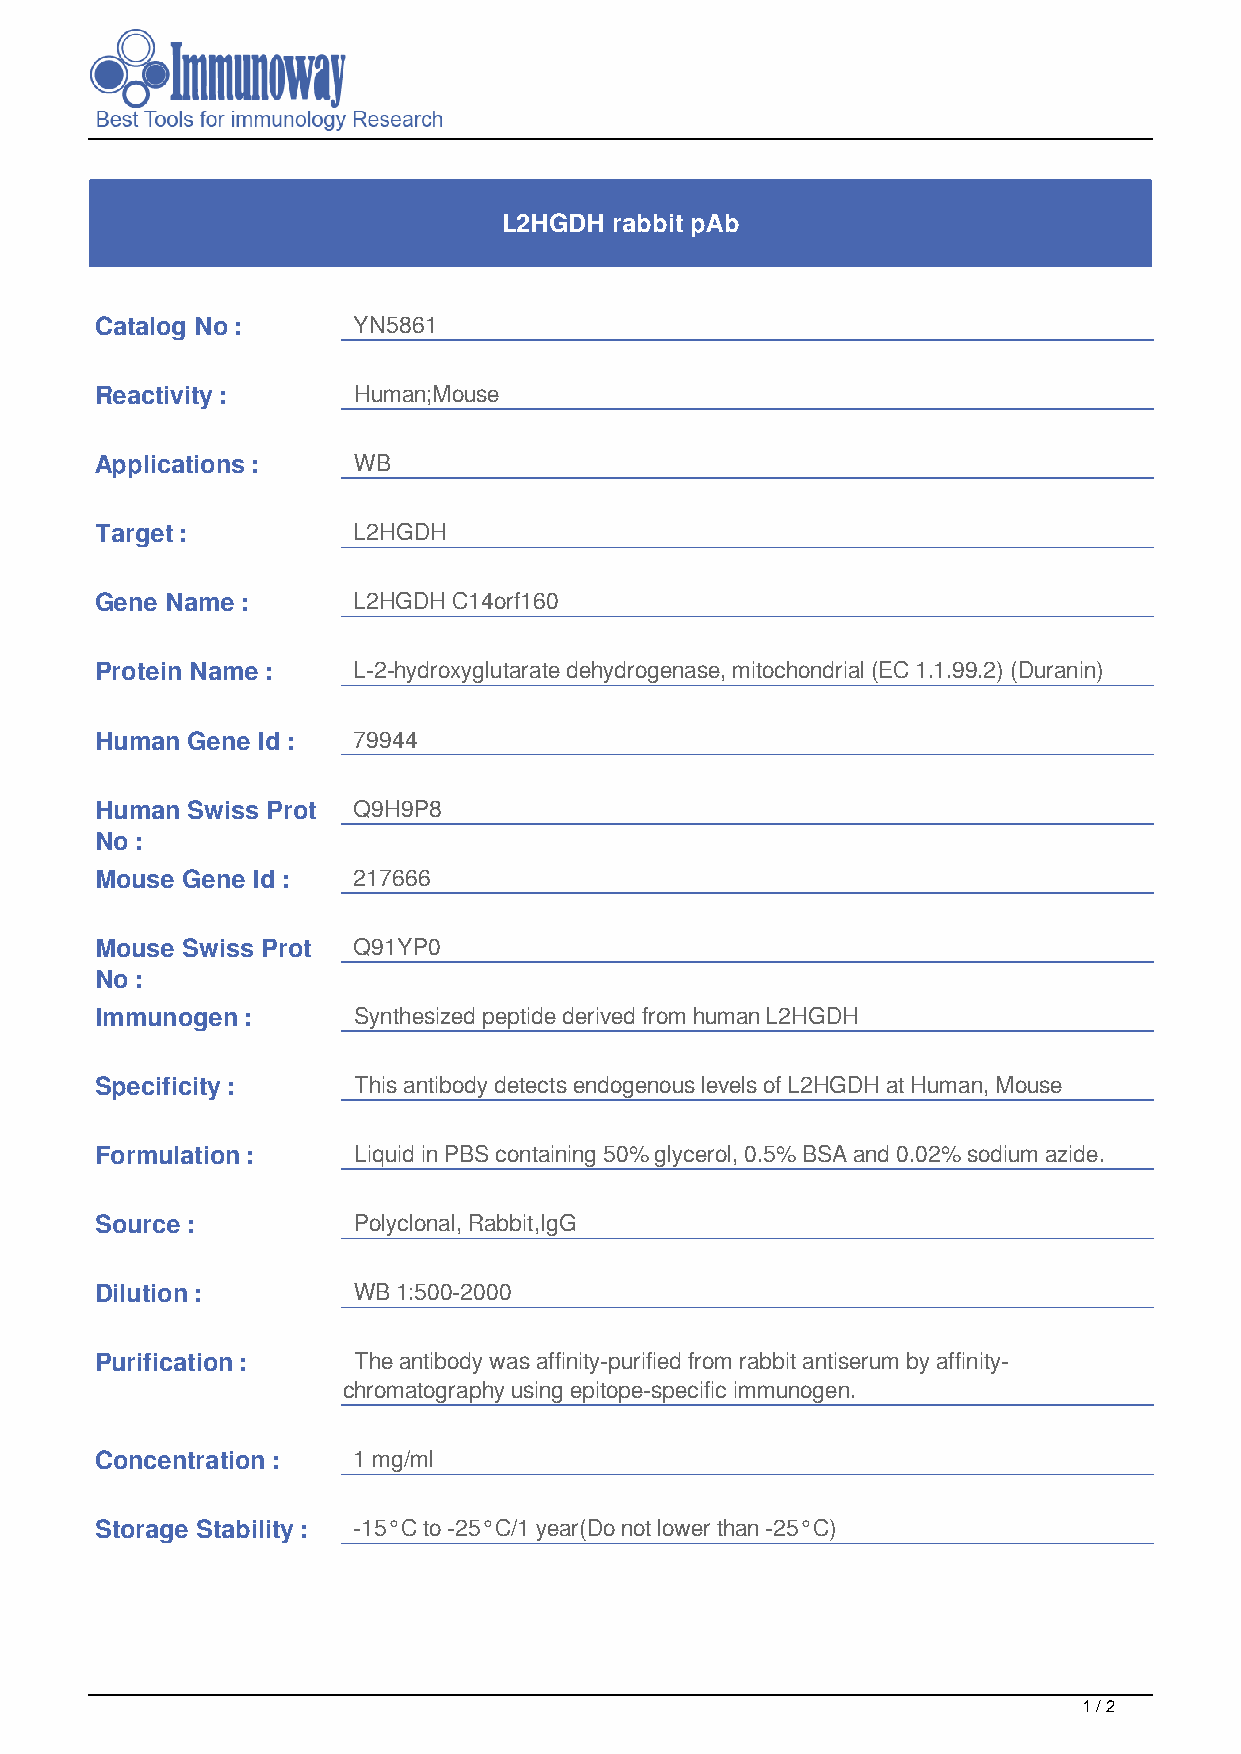
L2HGDH  rabbit pAb
 Catalog No :     YN5861
 Reactivity :     Human;Mouse
 Applications :   WB
 Target :         L2HGDH
 Gene Name :      L2HGDH C14orf160
 Protein Name :   L-2-hydroxyglutarate dehydrogenase, mitochondrial (EC 1.1.99.2) (Duranin)
 Human Gene Id :  79944
 Human Swiss Prot Q9H9P8
 No :
 Mouse Gene Id :  217666
 Mouse Swiss Prot Q91YP0
 No :
 Immunogen :      Synthesized peptide derived from human L2HGDH
 Specificity :    This antibody detects endogenous levels of L2HGDH at Human, Mouse
 Formulation :    Liquid in PBS containing 50% glycerol, 0.5% BSA and 0.02% sodium azide.
 Source :         Polyclonal, Rabbit,IgG
 Dilution :       WB 1:500-2000
 Purification :   The antibody was affinity-purified from rabbit antiserum by affinity-
 chromatography using epitope-specific immunogen.
 Concentration :  1 mg/ml
 Storage Stability : -15°C to -25°C/1 year(Do not lower than -25°C)
 1 / 2